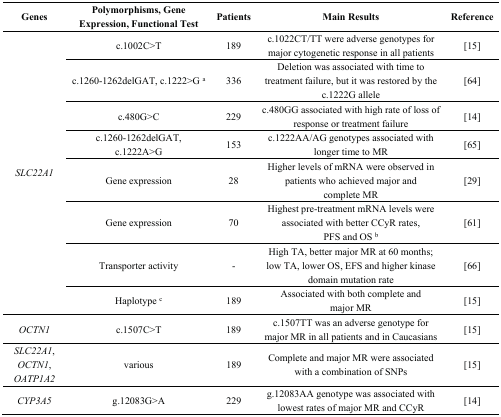
| Genes | Polymorphisms, Gene Expression, Functional Test | Patients | Main Results | Reference |
 | --- | --- | --- | --- | --- |
 | <ROWSPAN=8> SLC22A1 | c.1002C>T | 189 | c.1022CT/TT were adverse genotypes for major cytogenetic response in all patients | [15] |
 | c.1260-1262delGAT, c.1222>G a | 336 | Deletion was associated with time to treatment failure, but it was restored by the c.1222G allele | [64] |
 | c.480G>C | 229 | c.480GG associated with high rate of loss of response or treatment failure | [14] |
 | c.1260-1262delGAT, c.1222A>G | 153 | c.1222AA/AG genotypes associated with longer time to MR | [65] |
 | Gene expression | 28 | Higher levels of mRNA were observed in patients who achieved major and complete MR | [29] |
 | Gene expression | 70 | Highest pre-treatment mRNA levels were associated with better CCyR rates, PFS and OS b | [61] |
 | Transporter activity | - | High TA, better major MR at 60 months; low TA, lower OS, EFS and higher kinase domain mutation rate | [66] |
 | Haplotype c | 189 | Associated with both complete and major MR | [15] |
 | OCTN1 | c.1507C>T | 189 | c.1507TT was an adverse genotype for major MR in all patients and in Caucasians | [15] |
 | SLC22A1, OCTN1, OATP1A2 | various | 189 | Complete and major MR were associated with a combination of SNPs | [15] |
 | CYP3A5 | g.12083G>A | 229 | g.12083AA genotype was associated with lowest rates of major MR and CCyR | [14] |